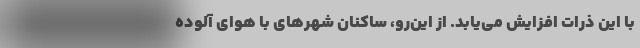
با این ذرات افزایش می‌یابد. از این‌رو، ساکنان شهرهای با هوای آلوده